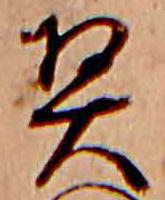
契